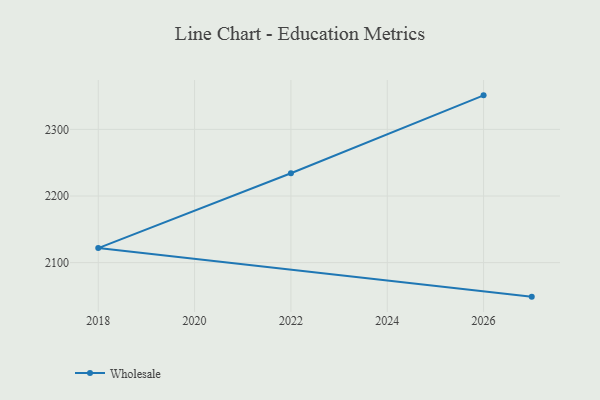
{"axis": {"x": "Year", "y": "Operating Costs (USD K)"}, "legend": ["Wholesale"], "data": [{"x": "2026", "y": 2351.1, "type": "Wholesale"}, {"x": "2022", "y": 2234.2, "type": "Wholesale"}, {"x": "2018", "y": 2121.8, "type": "Wholesale"}, {"x": "2027", "y": 2048.9, "type": "Wholesale"}]}